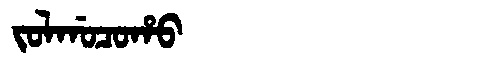
Manchu: ᠵᠣᠯᡤᠣᠴᠣᡥᠣ
Romanization: JOLGOCOHO